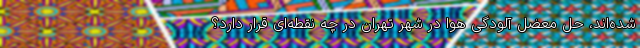
شده‌اند، حل معضل آلودگی هوا در شهر تهران در چه نقطه‌ای قرار دارد؟